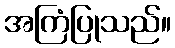
အကြံပြုသည်။